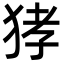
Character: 㹲